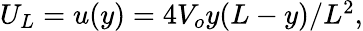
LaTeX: \begin{array}{r}{U_{L}=u(y)=4V_{o}y(L-y)/L^{2},}\end{array}